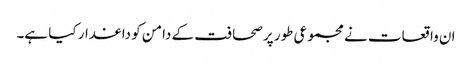
ان واقعات نے مجموعی طور پر صحافت کے دامن کو داغدار کیا ہے۔